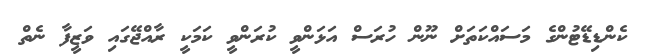
ކެންޑިޑޭޓުންގެ މަސައްކަތަށް ނޫން ހުރަސް އަޅަންވީ ކުރަންވީ ކަމަކީ ރާއްޖޭގައި ވަޒީފާ ނެތް